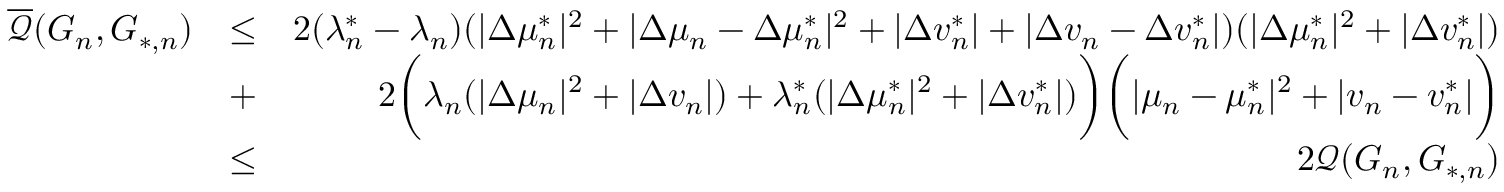
\begin{array} { r l r } { \overline { { \mathcal { Q } } } ( G _ { n } , G _ { * , n } ) } & { \leq } & { 2 ( \lambda _ { n } ^ { * } - \lambda _ { n } ) ( | \Delta \mu _ { n } ^ { * } | ^ { 2 } + | \Delta \mu _ { n } - \Delta \mu _ { n } ^ { * } | ^ { 2 } + | \Delta v _ { n } ^ { * } | + | \Delta v _ { n } - \Delta v _ { n } ^ { * } | ) ( | \Delta \mu _ { n } ^ { * } | ^ { 2 } + | \Delta v _ { n } ^ { * } | ) } \\ & { + } & { 2 \biggr ( \lambda _ { n } ( | \Delta \mu _ { n } | ^ { 2 } + | \Delta v _ { n } | ) + \lambda _ { n } ^ { * } ( | \Delta \mu _ { n } ^ { * } | ^ { 2 } + | \Delta v _ { n } ^ { * } | ) \biggr ) \biggr ( | \mu _ { n } - \mu _ { n } ^ { * } | ^ { 2 } + | v _ { n } - v _ { n } ^ { * } | \biggr ) } \\ & { \leq } & { 2 \mathcal { Q } ( G _ { n } , G _ { * , n } ) } \end{array}